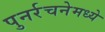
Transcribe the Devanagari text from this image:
पुनर्रचनेमध्ये